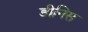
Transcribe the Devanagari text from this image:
डीनिस